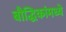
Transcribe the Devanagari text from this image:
बौद्धिकांमध्ये